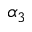
\alpha _ { 3 }